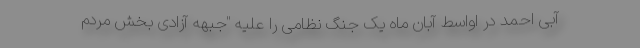
آبی احمد در اواسط آبان ماه یک جنگ نظامی را علیه "جبهه آزادی بخش مردم